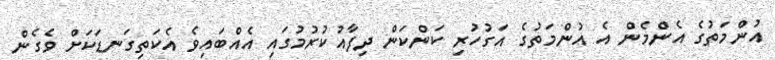
އުންމަތުގެ އެންމެން އެ އުންމަތުގެ އަގުހުރި ކަންކަން ދިފާއުކުރުމުގައި އެއްބައިވެ އެކަތިގަނޑަކަށް ވެގެން